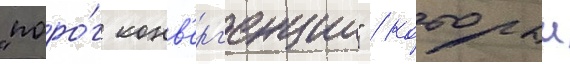
"поро́г конв'ерг'енции" / которыи